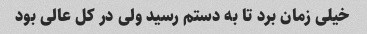
خیلی زمان برد تا به دستم رسید ولی در کل عالی بود